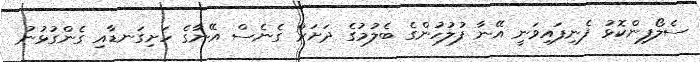
ސެލޯފިންކޮޅު ފެނިފައިވަނީ އޭނާ ފުލުހުންގެ ބެލުމުގެ ދަށަށް ގެނެސް އޭނާގެ ހަށިގަނޑާއި ގެންގުޅުނު